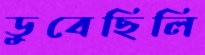
ডুবেছিলি